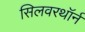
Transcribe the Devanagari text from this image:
सिलवरथॉर्न